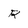
Character: R